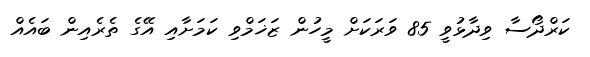
ކަރްދޯސާ ވިދާޅުވީ 85 ވަރަކަށް މީހުން ޒަޚަމްވި ކަމަށާއި އޭގެ ތެރެއިން ބައެއް